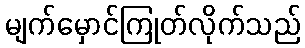
မျက်မှောင်ကြုတ်လိုက်သည်